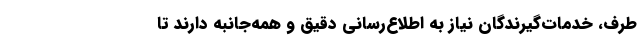
طرف، خدمات‌گیرندگان نیاز به اطلاع‌رسانی دقیق و همه‌جانبه دارند تا